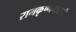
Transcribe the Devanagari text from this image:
रामकृष्णनाशारि